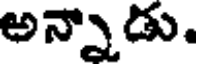
అన్నాడు.